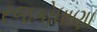
રજકોધાણા